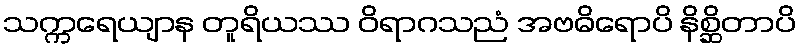
သက္ကရေယျာန တူရိယဿ ဝိရာဂသညံ အဗဓိရောပိ နိစ္ဆိတာပိ